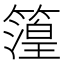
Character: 𮆐